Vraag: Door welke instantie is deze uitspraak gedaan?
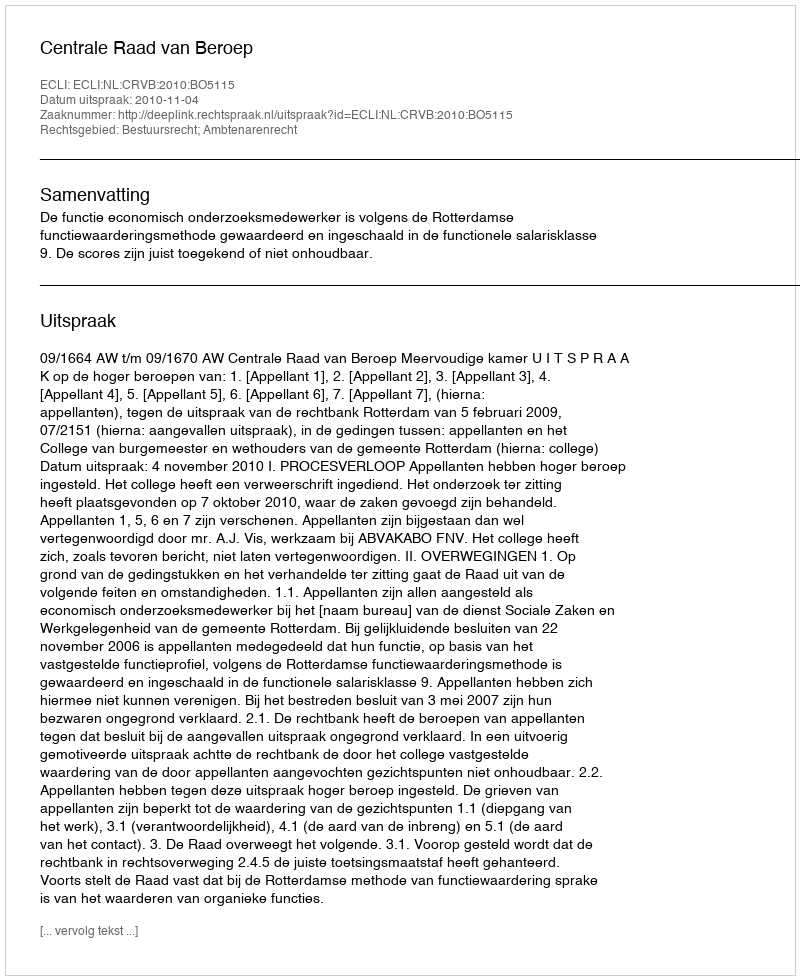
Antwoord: Centrale Raad van Beroep